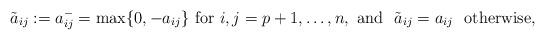
LaTeX: \begin{align*}\tilde{a}_{ij}:=a_{ij}^-=\max \{ 0, -a_{ij}\}\ \mbox{for} \ i,j=p+1,\dots, n, \ \mbox{and } \ \tilde{a}_{ij}=a_{ij} \ \ \mbox{otherwise},\end{align*}